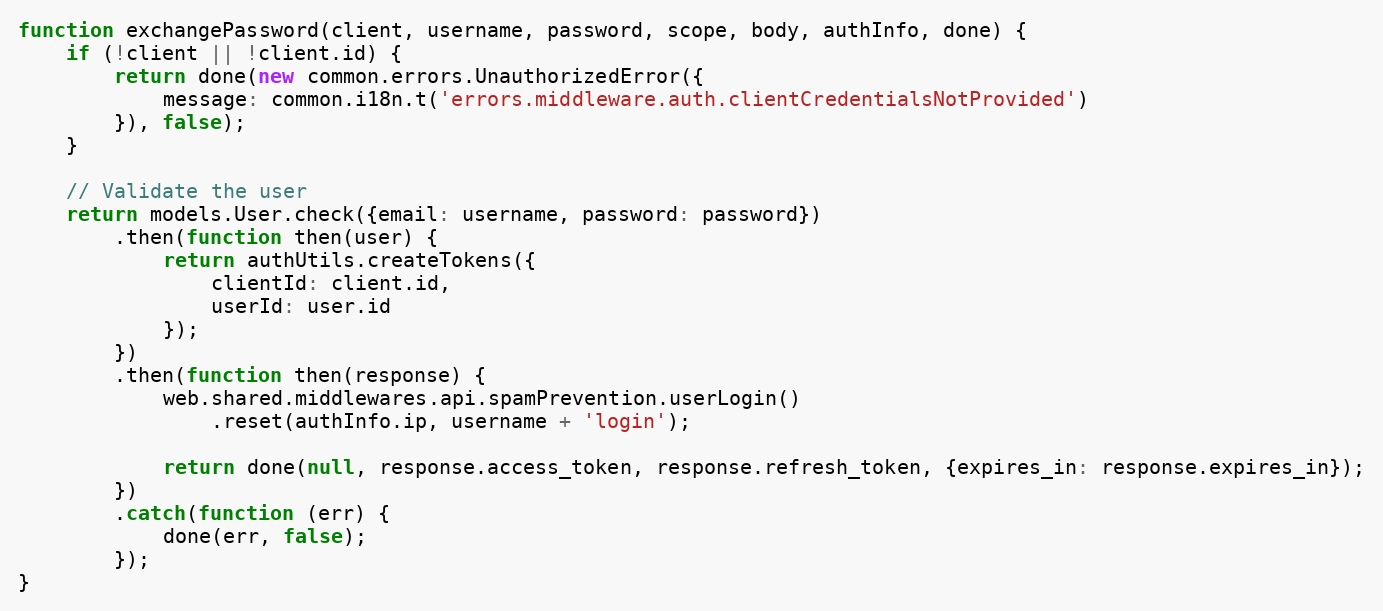
Language: JavaScript
function exchangePassword(client, username, password, scope, body, authInfo, done) {
    if (!client || !client.id) {
        return done(new common.errors.UnauthorizedError({
            message: common.i18n.t('errors.middleware.auth.clientCredentialsNotProvided')
        }), false);
    }

    // Validate the user
    return models.User.check({email: username, password: password})
        .then(function then(user) {
            return authUtils.createTokens({
                clientId: client.id,
                userId: user.id
            });
        })
        .then(function then(response) {
            web.shared.middlewares.api.spamPrevention.userLogin()
                .reset(authInfo.ip, username + 'login');

            return done(null, response.access_token, response.refresh_token, {expires_in: response.expires_in});
        })
        .catch(function (err) {
            done(err, false);
        });
}